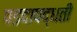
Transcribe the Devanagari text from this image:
पडदापद्धती